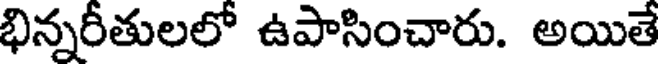
భిన్నరీతులలో ఉపాసించారు. అయితే